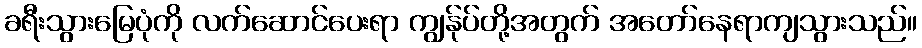
ခရီးသွားမြေပုံကို လက်ဆောင်ပေးရာ ကျွန်ုပ်တို့အတွက် အတော်နေရာကျသွားသည်။